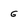
Character: G